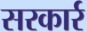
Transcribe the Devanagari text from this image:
सरकार्र